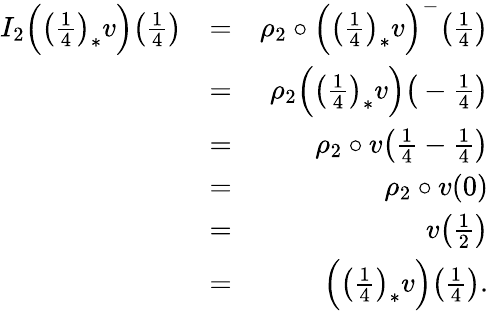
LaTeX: \begin{array}{rlr}{I_{2}\Big(\big(\frac{1}{4}\big)_{*}v\Big)\big(\frac{1}{4}\big)}&{=}&{\rho_{2}\circ\Big(\big(\frac{1}{4}\big)_{*}v\Big)^{-}\big(\frac{1}{4}\big)}\\ &{=}&{\rho_{2}\Big(\big(\frac{1}{4}\big)_{*}v\Big)\big(-\frac{1}{4}\big)}\\ &{=}&{\rho_{2}\circ v\big(\frac{1}{4}-\frac{1}{4}\big)}\\ &{=}&{\rho_{2}\circ v(0)}\\ &{=}&{v\big(\frac{1}{2}\big)}\\ &{=}&{\Big(\big(\frac{1}{4}\big)_{*}v\Big)\big(\frac{1}{4}\big).}\end{array}